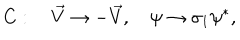
LaTeX: C : \quad \vec { V } \to - \vec { V } , \quad \psi \to \sigma _ { 1 } \psi ^ { * } ,